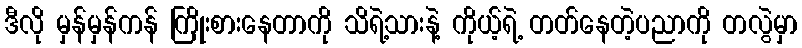
ဒီလို မှန်မှန်ကန် ကြိုးစားနေတာကို သိရဲ့သားနဲ့ ကိုယ့်ရဲ့ တတ်နေတဲ့ပညာကို တလွဲမှာ